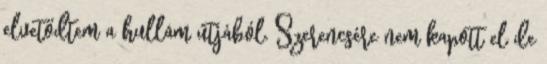
elvetődtem a hullám útjából. Szerencsére nem kapott el de